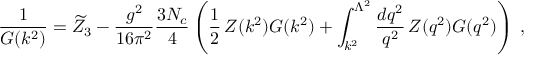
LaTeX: \frac { 1 } { G ( k ^ { 2 } ) } = \widetilde { Z } _ { 3 } - \frac { g ^ { 2 } } { 1 6 \pi ^ { 2 } } \frac { 3 N _ { c } } { 4 } \left( \frac { 1 } { 2 } \, Z ( k ^ { 2 } ) G ( k ^ { 2 } ) + \int _ { k ^ { 2 } } ^ { \Lambda ^ { 2 } } \frac { d q ^ { 2 } } { q ^ { 2 } } \, Z ( q ^ { 2 } ) G ( q ^ { 2 } ) \right) \; ,